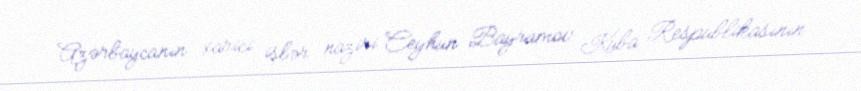
Azərbaycanın xarici işlər naziri Ceyhun Bayramov Kuba Respublikasının